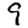
Digit: 9